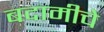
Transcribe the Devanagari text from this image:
बदामीचे